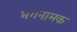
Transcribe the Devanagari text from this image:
भगनामक